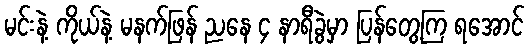
မင်းနဲ့ ကိုယ်နဲ့ မနက်ဖြန် ညနေ ၄ နာရီခွဲမှာ ပြန်တွေ့ကြ ရအောင်